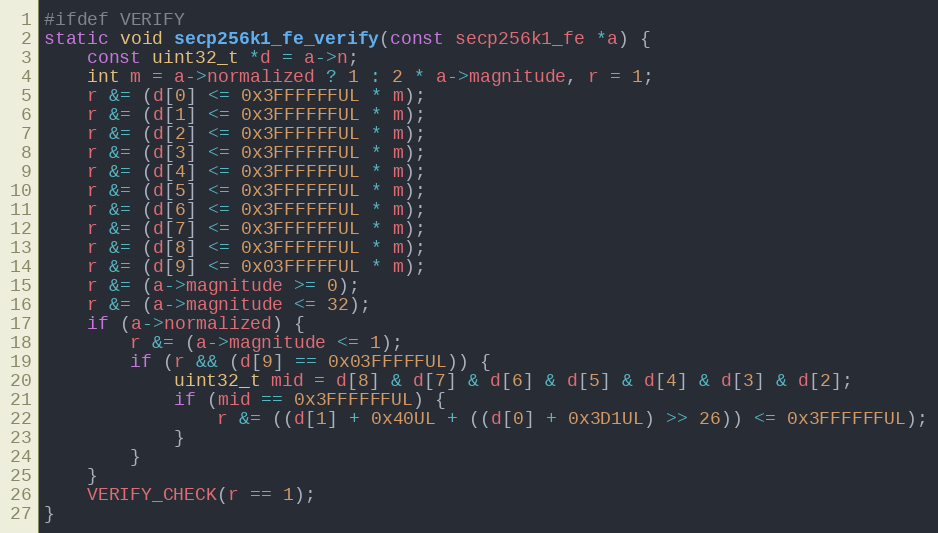
Language: C
#ifdef VERIFY
static void secp256k1_fe_verify(const secp256k1_fe *a) {
    const uint32_t *d = a->n;
    int m = a->normalized ? 1 : 2 * a->magnitude, r = 1;
    r &= (d[0] <= 0x3FFFFFFUL * m);
    r &= (d[1] <= 0x3FFFFFFUL * m);
    r &= (d[2] <= 0x3FFFFFFUL * m);
    r &= (d[3] <= 0x3FFFFFFUL * m);
    r &= (d[4] <= 0x3FFFFFFUL * m);
    r &= (d[5] <= 0x3FFFFFFUL * m);
    r &= (d[6] <= 0x3FFFFFFUL * m);
    r &= (d[7] <= 0x3FFFFFFUL * m);
    r &= (d[8] <= 0x3FFFFFFUL * m);
    r &= (d[9] <= 0x03FFFFFUL * m);
    r &= (a->magnitude >= 0);
    r &= (a->magnitude <= 32);
    if (a->normalized) {
        r &= (a->magnitude <= 1);
        if (r && (d[9] == 0x03FFFFFUL)) {
            uint32_t mid = d[8] & d[7] & d[6] & d[5] & d[4] & d[3] & d[2];
            if (mid == 0x3FFFFFFUL) {
                r &= ((d[1] + 0x40UL + ((d[0] + 0x3D1UL) >> 26)) <= 0x3FFFFFFUL);
            }
        }
    }
    VERIFY_CHECK(r == 1);
}